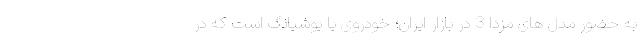
به حضور مدل های مزدا 3 در بازار ایران؛ خودروی یا یوشیانگ است که در